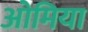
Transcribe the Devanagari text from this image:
ओमिया